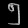
Digit: ၅